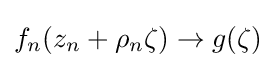
f_{n}(z_{n}+\rho _{n}\zeta )\to g(\zeta )